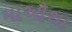
માઓથા